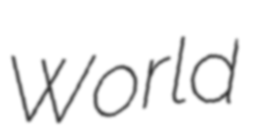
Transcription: World